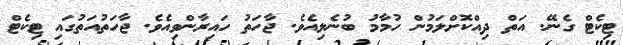
ޓިކެޓް ގެނޭ. އަތް ދިއްކޮށްލަމުން ހުމާމު ބުނެލިއެވެ. ޖާހަތު ހައިރާންވިއެވެ. ޖާހަތުއަތުގައި ޓިކެޓް